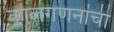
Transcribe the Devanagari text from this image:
कालगणनांची